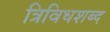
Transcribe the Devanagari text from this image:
त्रिविधशब्द